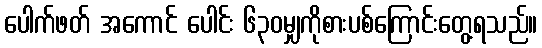
ပေါက်ဖတ် အကောင် ပေါင်း ၆၃၀မျှကိုစားပစ်ကြောင်းတွေ့ရသည်။